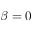
\beta = 0